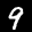
Label: 9